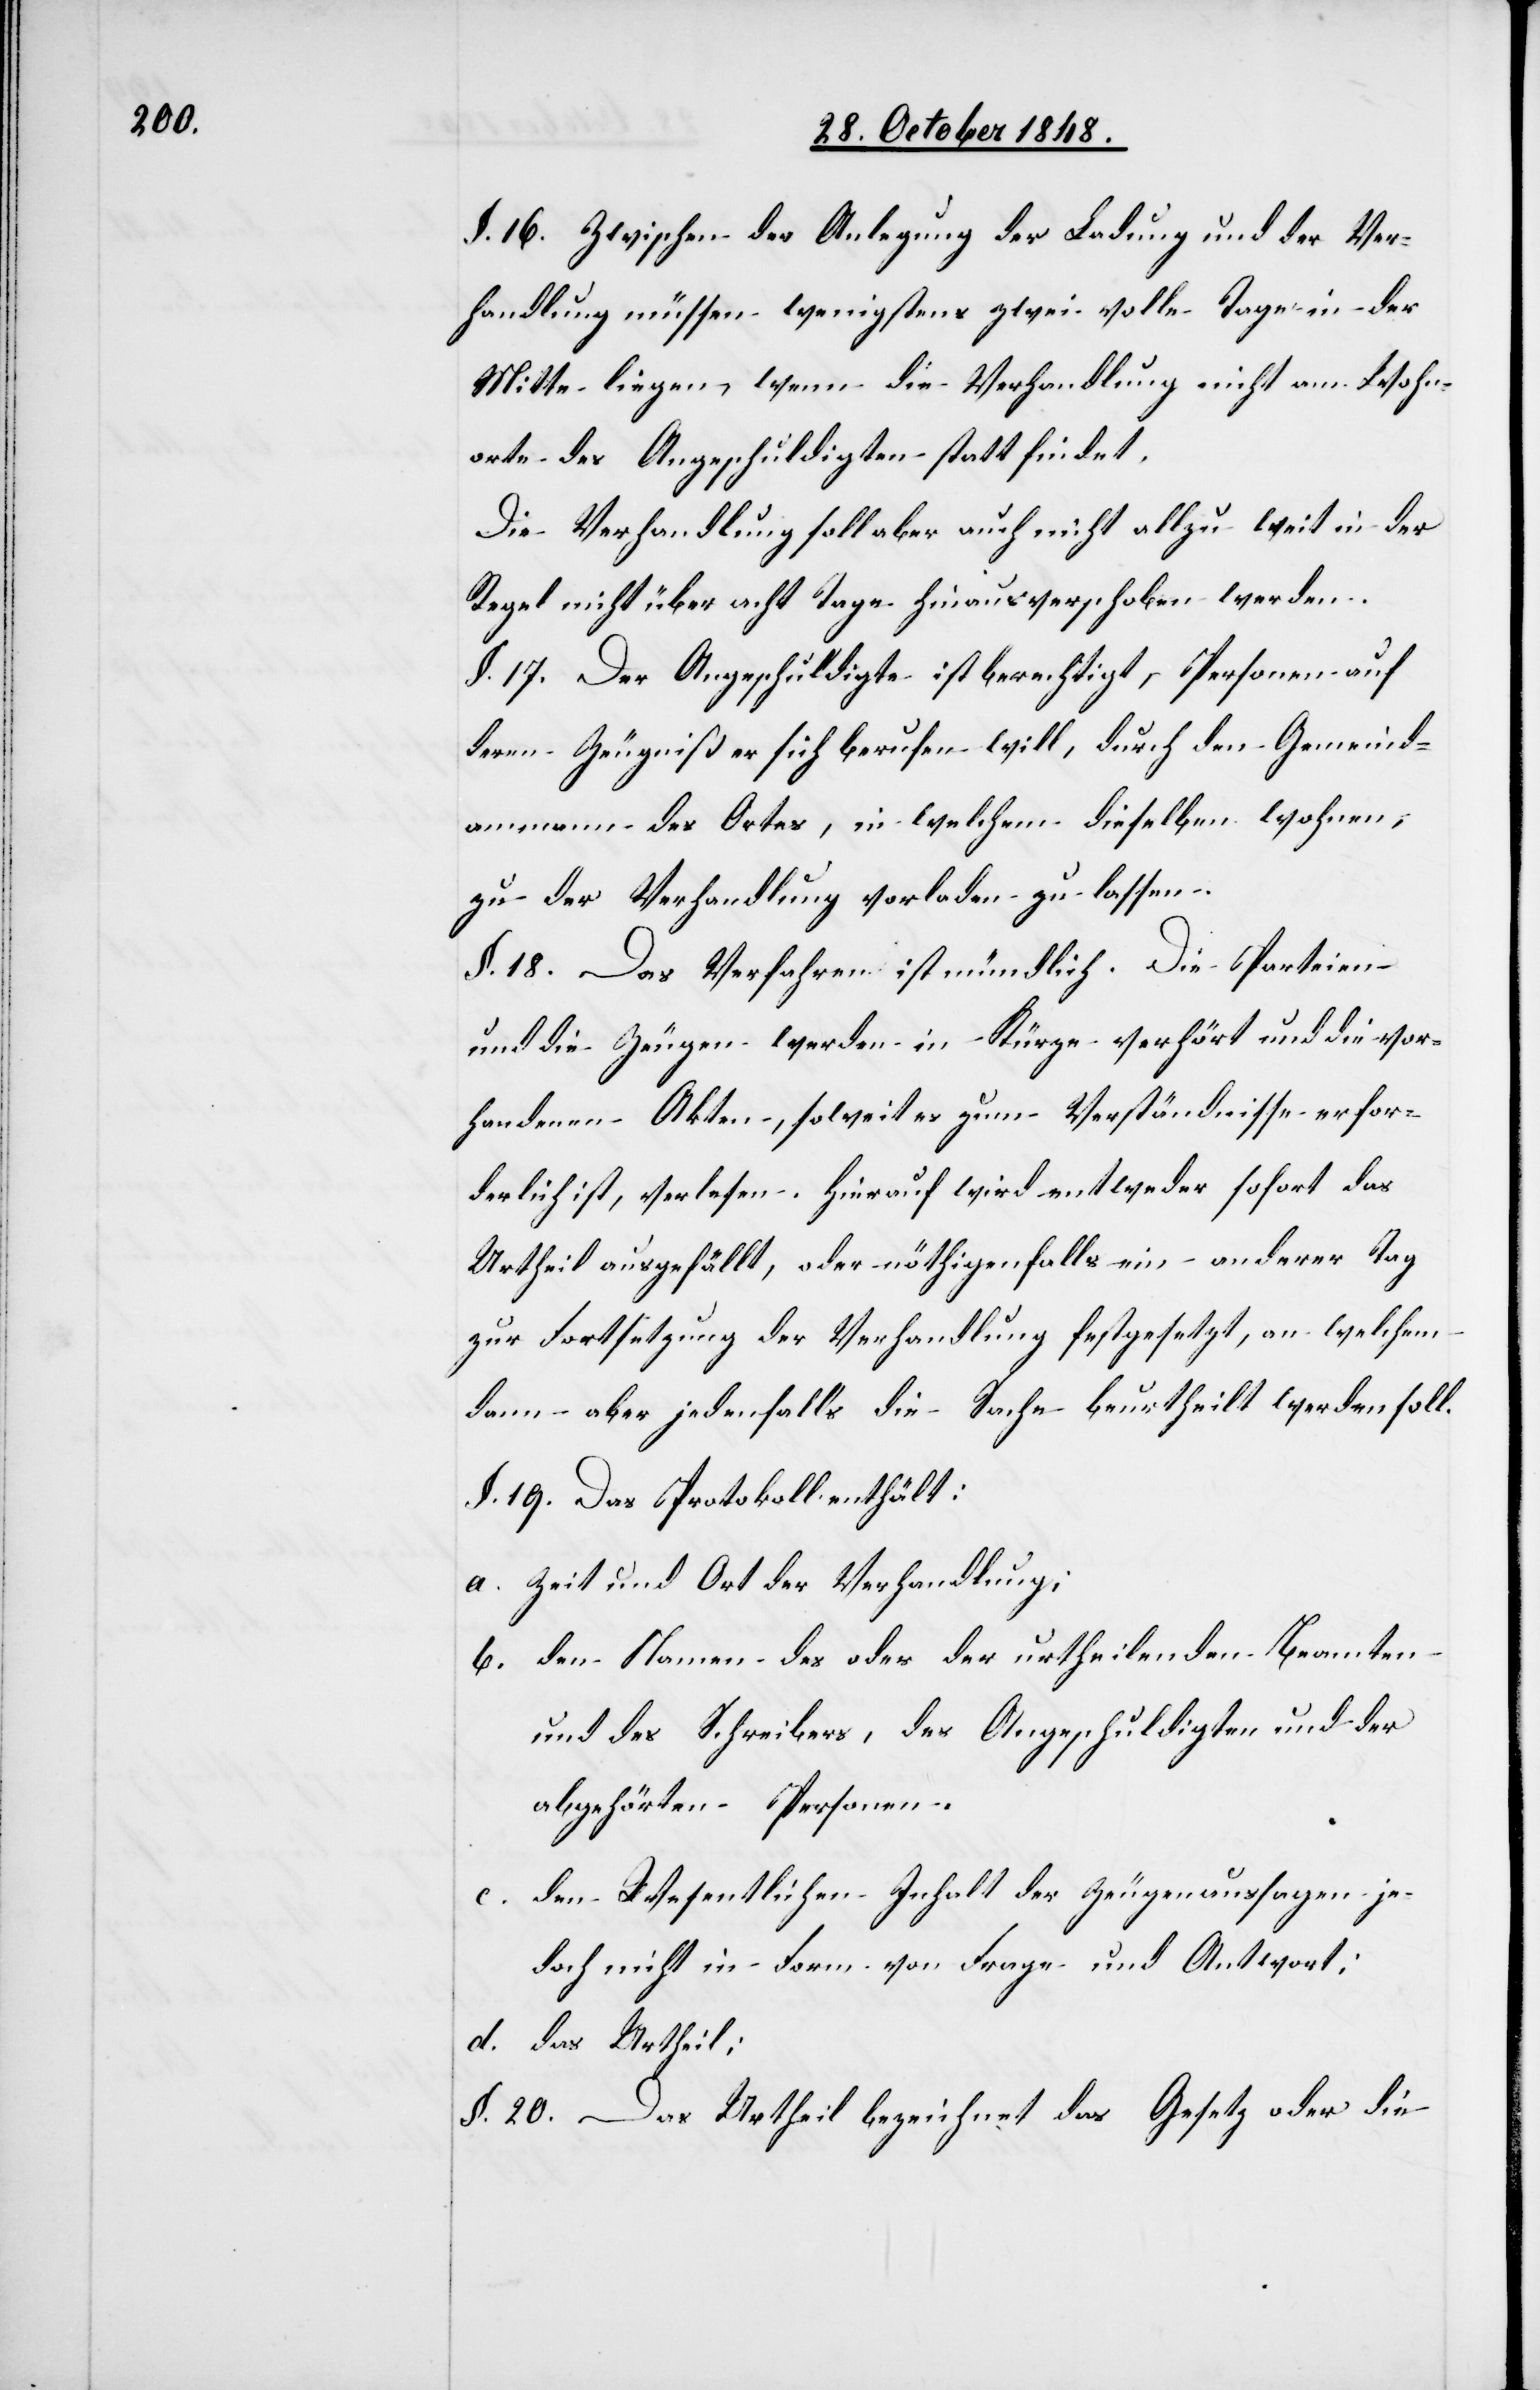
§. 16. Zwischen der Anlegung der Ladung und der Ver¬
handlung müssen wenigstens zwei volle Tage in der
Mitte liegen, wenn die Verhandlung nicht am Wohn¬
orte des Angeschuldigten statt findet.
Die Verhandlung soll aber auch nicht allzu weit in der
Regel nicht über acht Tage hinaus verschoben werden.
§. 17. Der Angeschuldigte ist berechtigt, Personen auf
deren Zeugniß er sich berufen will, durch den Gemeind¬
ammann des Ortes, in welchem dieselben wohnen,
zu der Verhandlung vorladen zu lassen.
§. 18. Das Verfahren ist mündlich. Die Parteien
und die Zeugen werden in Kürze verhört und die vor¬
handenen Akten, soweit zum Verständnisse erfor¬
derlich ist, verlesen. Hierauf wird entweder sofort das
Urtheil ausgefällt, oder nöthigenfalls ein anderer Tag
zur Fortsetzung der Verhandlung festgesetzt, an welchem
dann aber jedenfalls die Sache beurtheilt werden soll.
§. 19. Das Protokoll enthält:
a. Zeit und Ort der Verhandlung;
b. den Namen des oder der urtheilenden Beamten
und des Schreibers, des Angeschuldigten und der
abgehörten Personen.
c. den Wesentlichen Inhalt der Zeugenaussagen je¬
doch nicht in Form von Frage und Antwort;
d. das Urtheil;
§. 20. Das Urtheil bezeichnet das Gesetz oder die